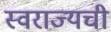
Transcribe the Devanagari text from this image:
स्वराज्यची